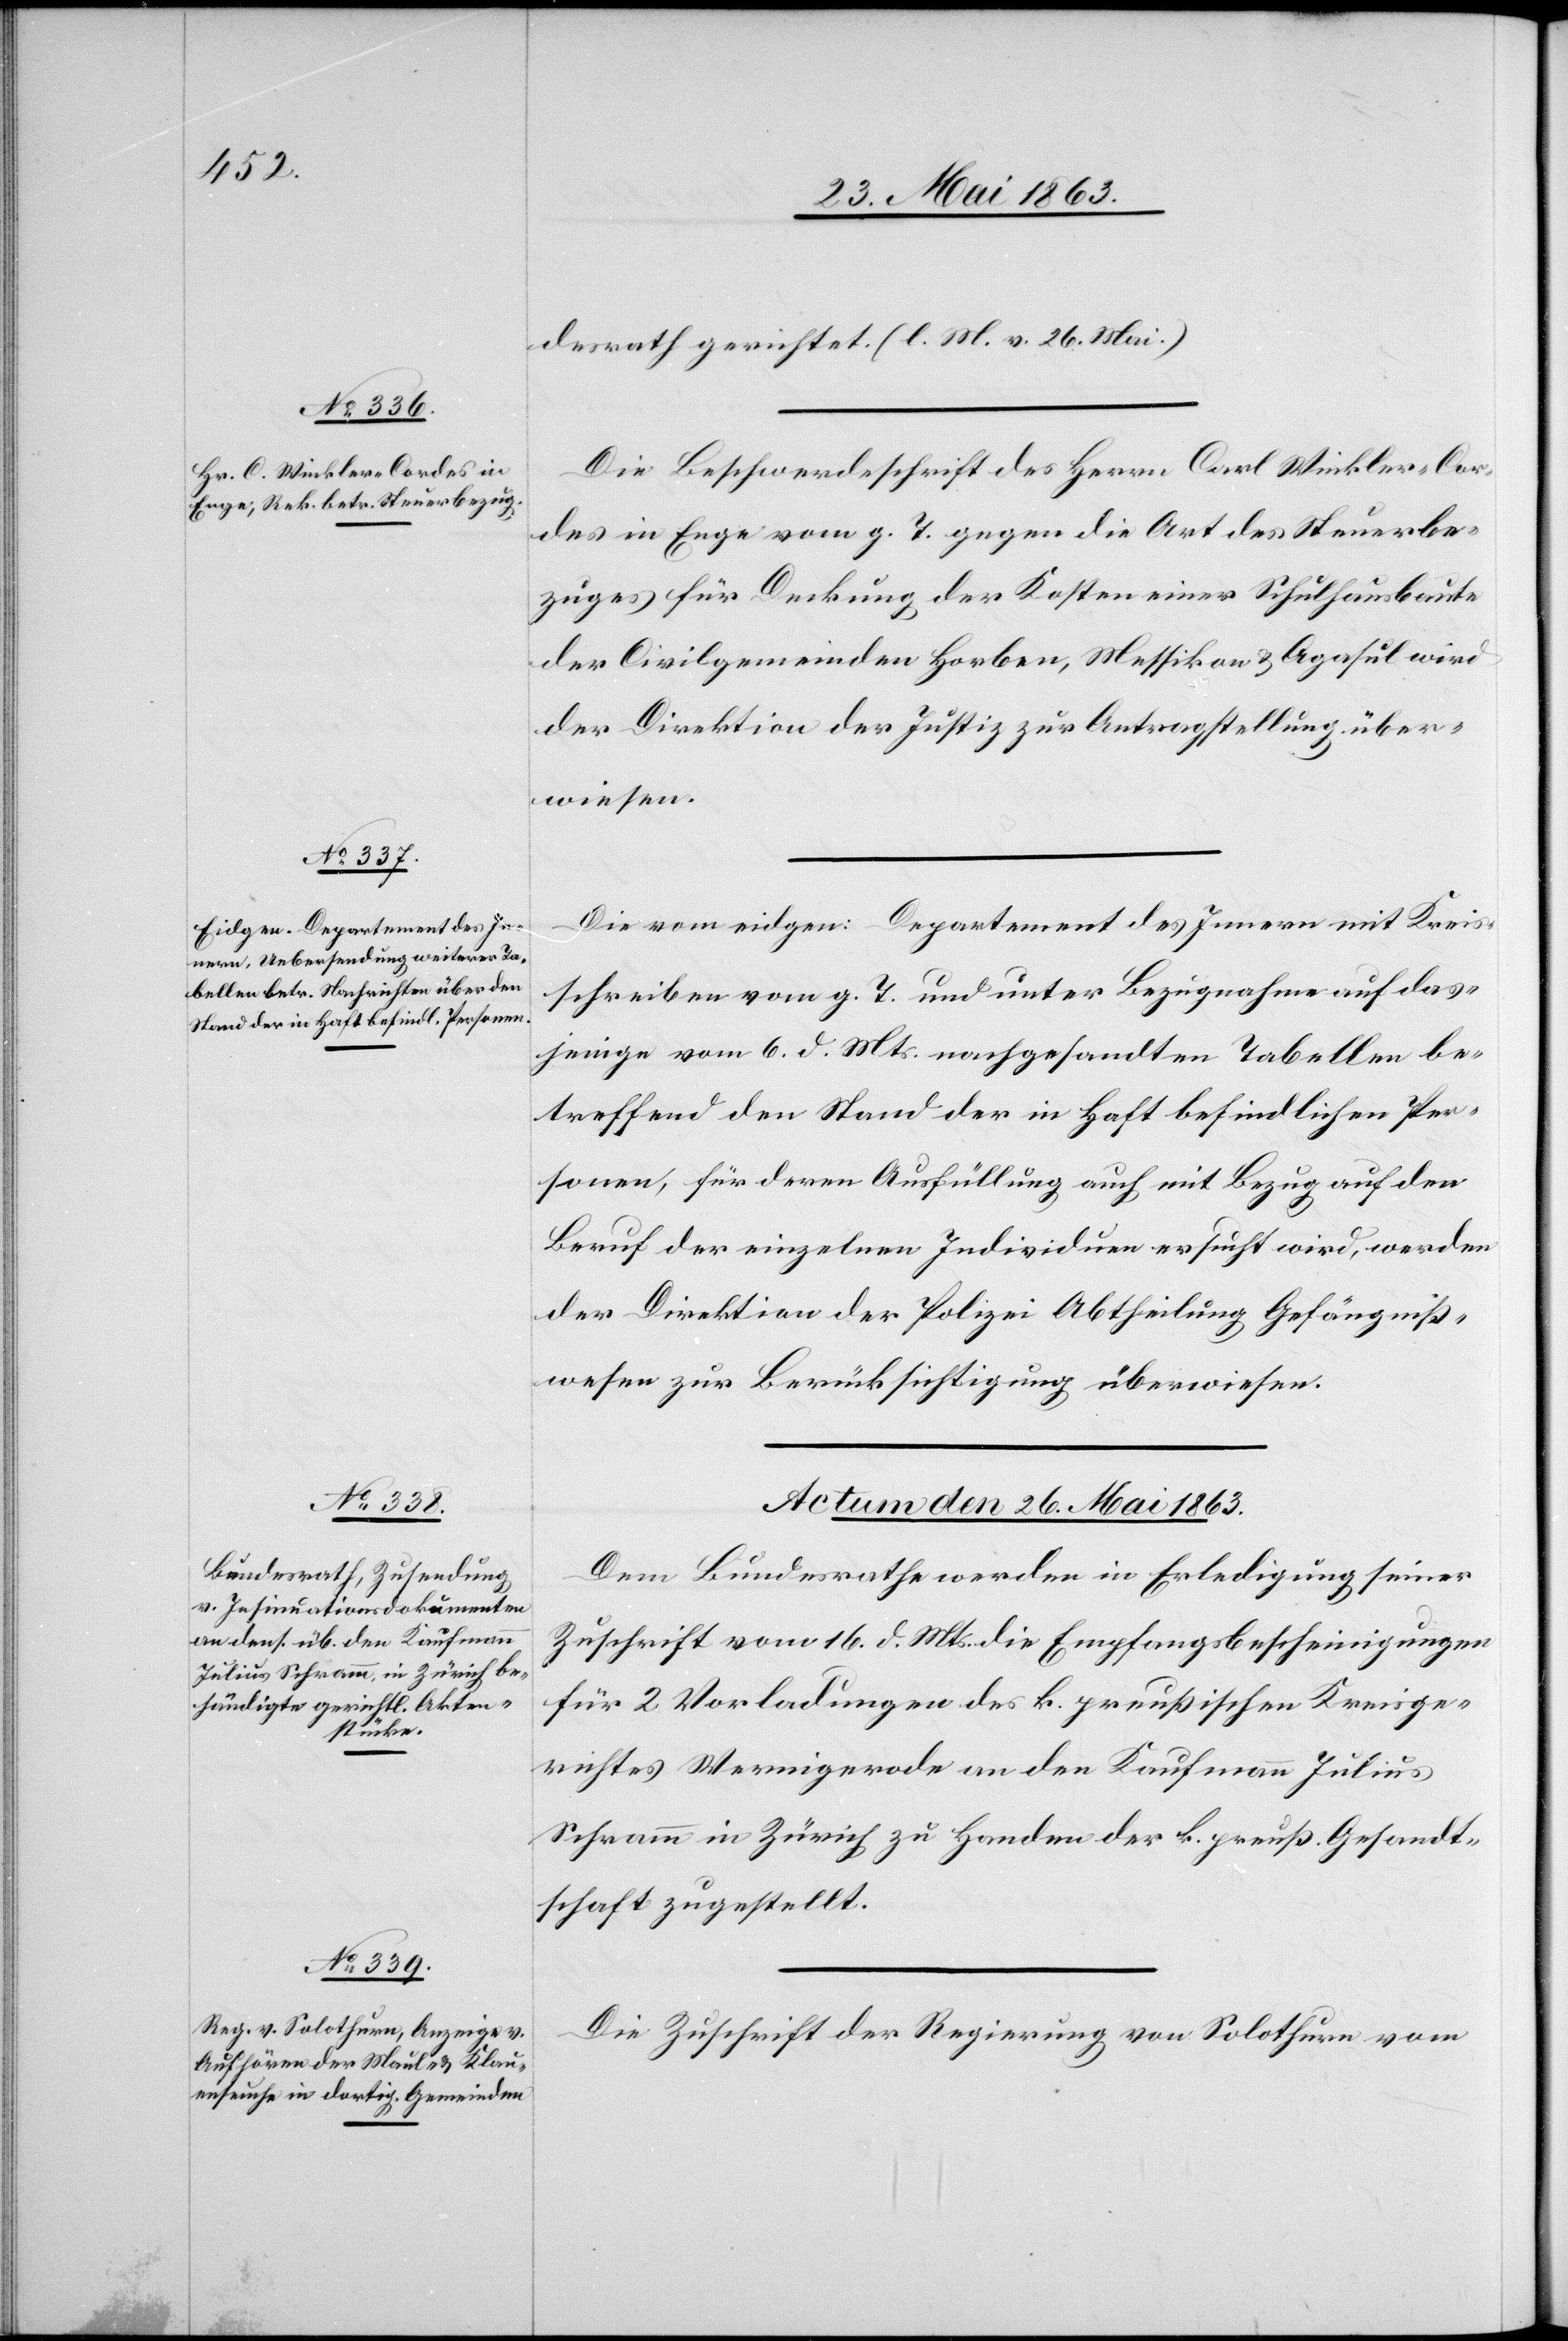
desrath gerichtet. (l. M. v. 26. Mai.)
Die Beschwerdeschrift des Herrn Carl Winkler-Cor¬
des in Enge vom g. T. gegen die Art des Steuerbe¬
zuges für Deckung der Kosten einer Schulhausbaute
der Civilgemeinden Horben, Messikon & Agasul wird
der Direktion der Justiz zur Antragstellung über¬
wiesen.
Die vom eidgen: Departement des Innern mit Kreis¬
schreiben vom g. T. und unter Bezugnahme auf das¬
jenige vom 6. d. Mts. nachgesandten Tabellen be¬
treffend den Stand der in Haft befindlichen Per¬
sonen, für deren Ausfüllung auch mit Bezug auf den
Beruf der einzelnen Individuen ersucht wird, werden
der Direktion der Polizei Abtheilung Gefängniß¬
wesen zur Berücksichtigung überwiesen.
Actum den 26. Mai 1863.]
Dem Bundesrathe werden in Erledigung seiner
Zuschrift vom 16. d. Mts. die Empfangsbescheinigungen
für 2 Vorladungen des k. preußischen Kreisge¬
richtes Wernigerode an den Kaufmann Julius
Schramm in Zürich zu Handen der k. preuß. Gesandt¬
schaft zugestellt.
Die Zuschrift der Regierung von Solothurn vom